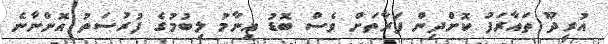
އުރީދޫ ތައާރަފު ކޮށްދިން ފަރާތަށް ވެސް ބޮޑު އިނާމު ލިބުމުގެ ފުރުސަތު އޮންނާނެ